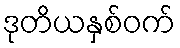
ဒုတိယနှစ်ဝက်